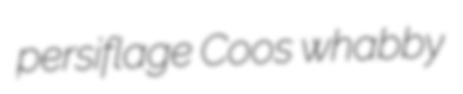
persiflage Coos whabby